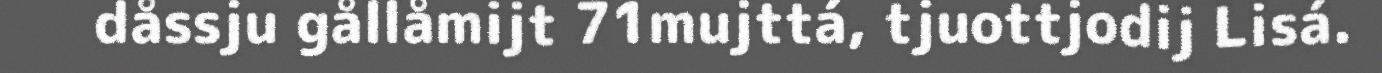
dåssju gållåmijt 71mujttá, tjuottjodij Lisá.